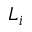
L _ { i }